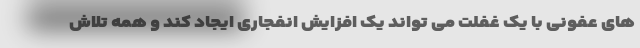
های عفونی با یک غفلت می تواند یک افزایش انفجاری ایجاد کند و همه تلاش